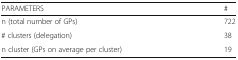
| PARAMETERS | # |
 | --- | --- |
 | n (total number of GPs) | 722 |
 | # clusters (delegation) | 38 |
 | n cluster (GPs on average per cluster) | 19 |